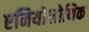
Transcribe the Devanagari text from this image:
एनियोलोथिक